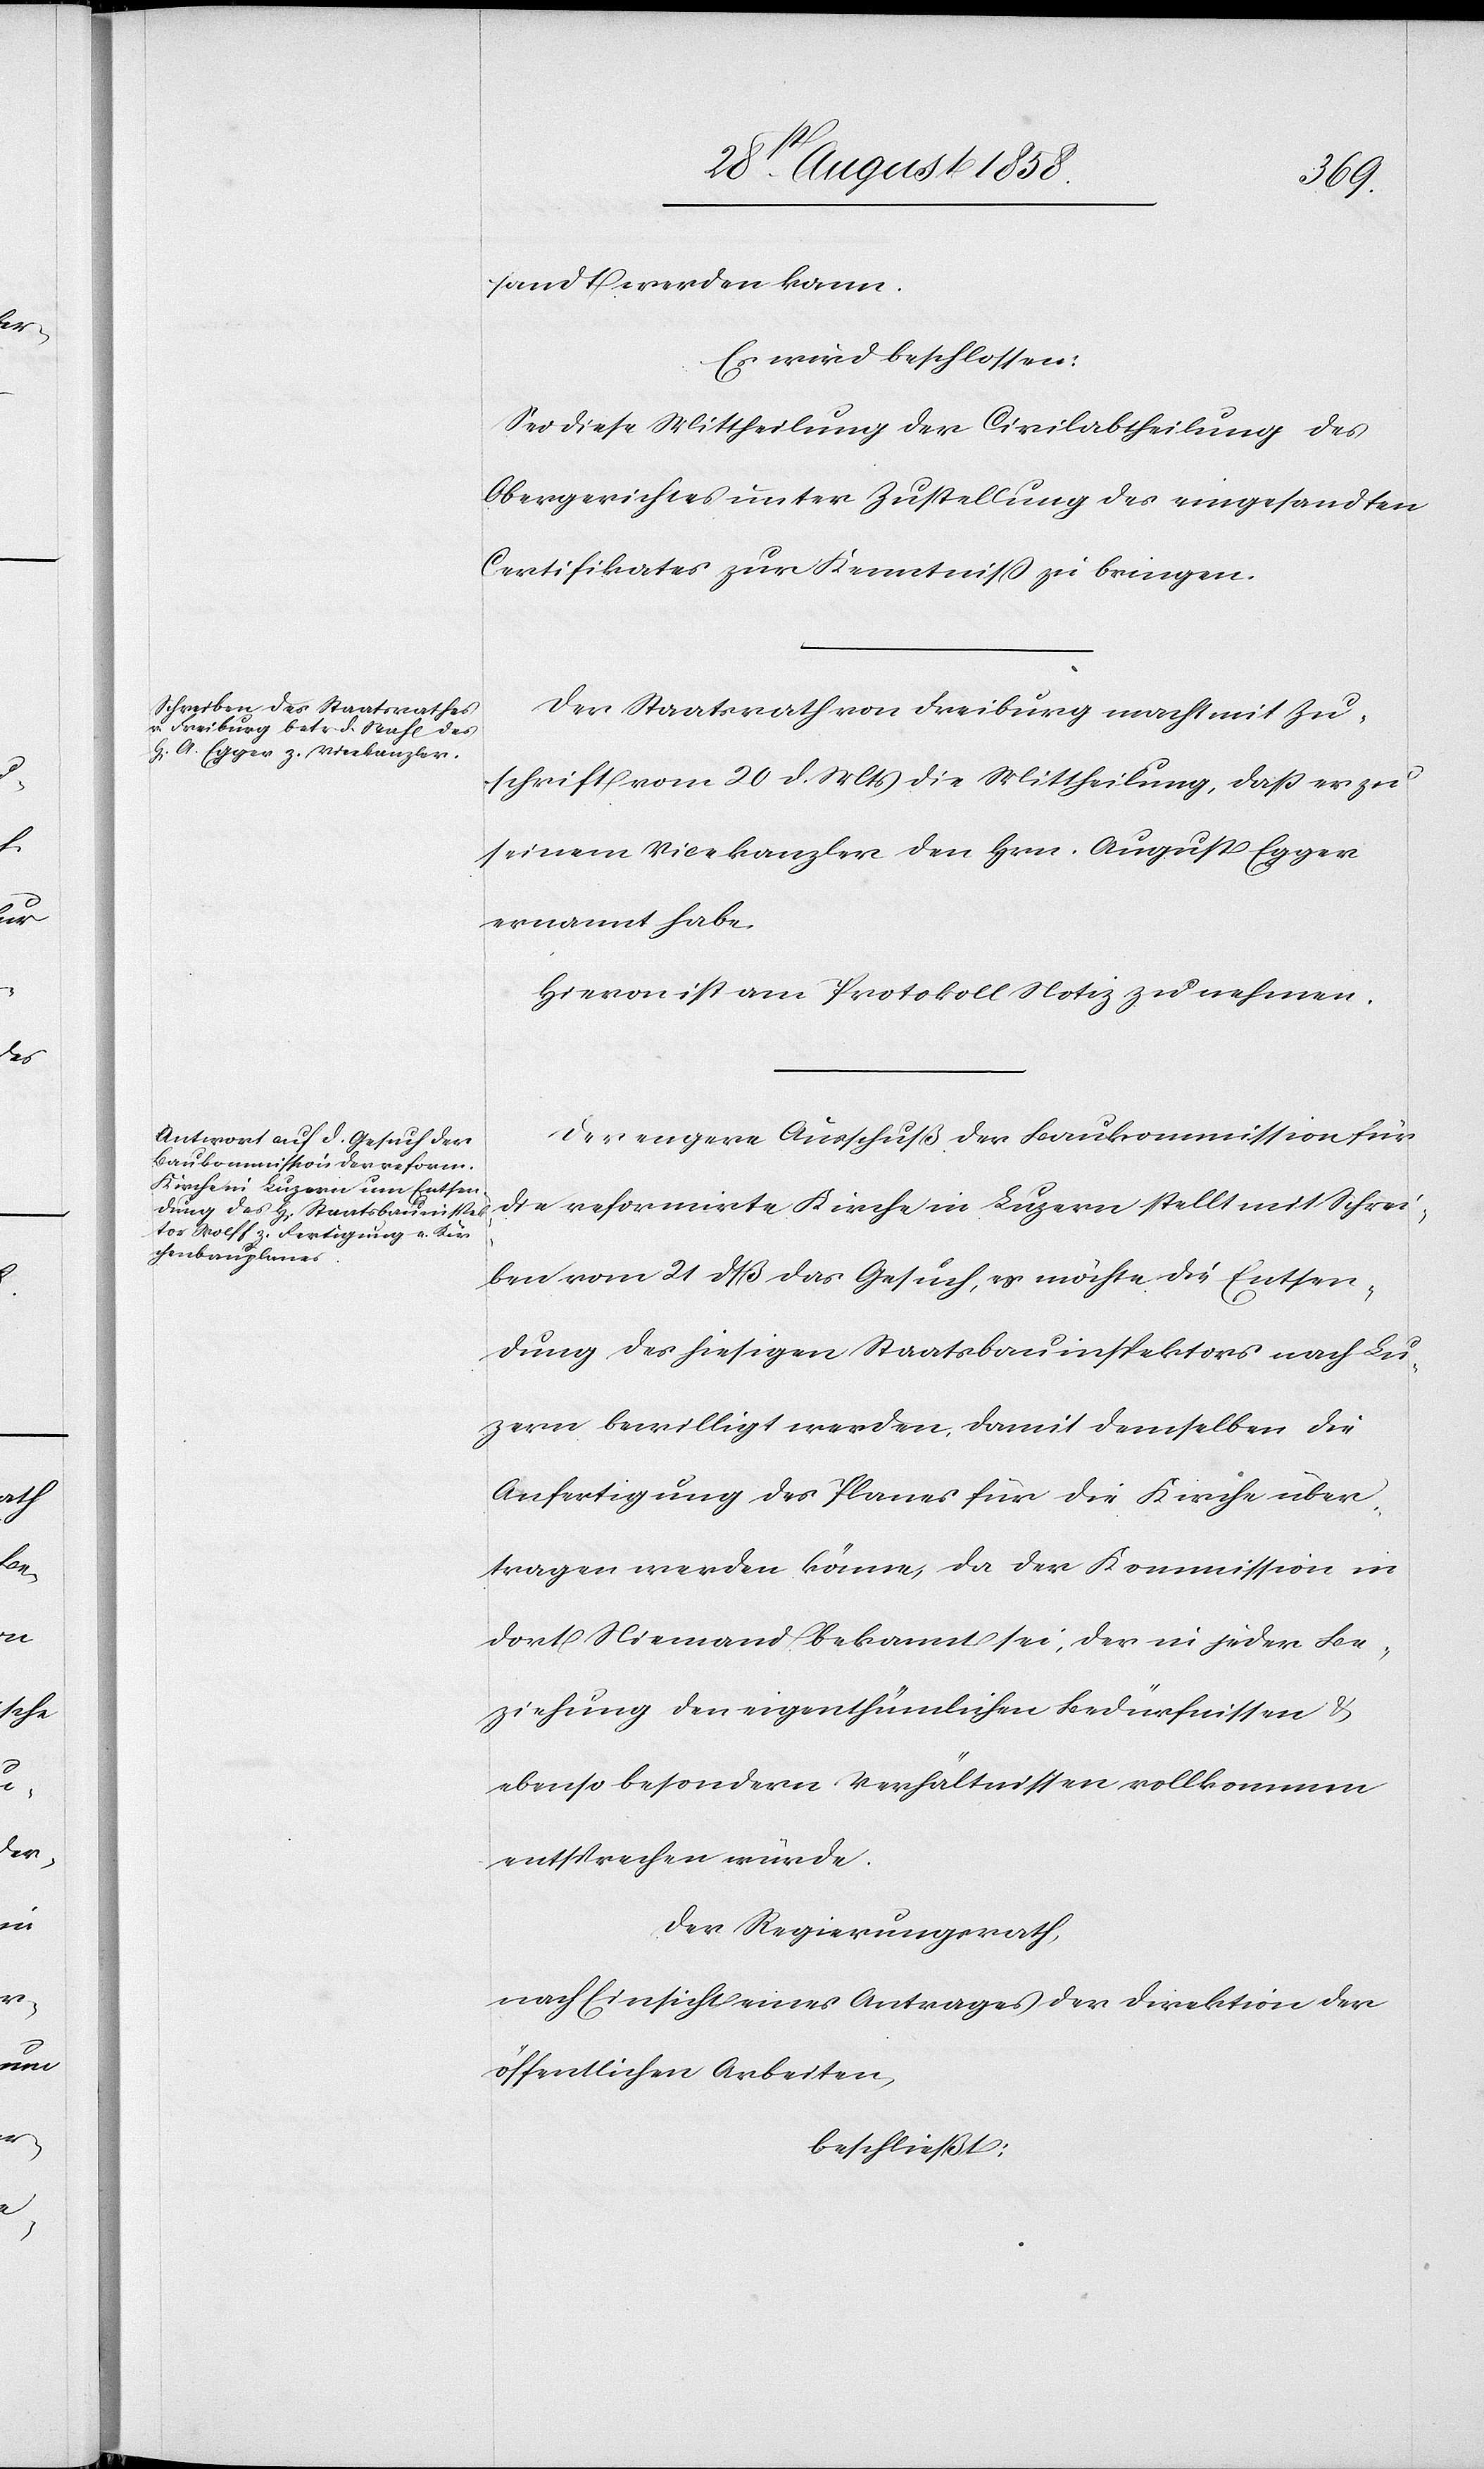
sandt werden kann.
Es wird beschlossen:
Sei diese Mittheilung der Civilabtheilung des
Obergerichtes unter Zustellung des eingesandten
Certifikates zur Kenntniss zu bringen.
Der Staatsrath von Freiburg macht mit Zu¬
schrift vom 20 d. Mts die Mittheilung, daß er zu
seinem Vicekanzler den Hrn. August Egger
ernannt habe.
Hievon ist am Protokoll Notiz zu nehmen.
Der engere Ausschuß der Baukommission für
die reformirte Kirche in Luzern stellt mit Schrei¬
ben vom 21 dß das Gesuch, es möchte die Entsen¬
dung des hiesigen Staatsbauinspektors nach Lu¬
zern bewilligt werden, damit demselben die
Anfertigung des Planes für die Kirche über¬
tragen werden könne, da der Kommission in
dort Niemand bekannt sei, der in jeder Be¬
ziehung den eigenthümlichen Bedürfnissen &
ebenso besondern Verhältnissen vollkommen
entsprechen würde.
Der Regierungsrath,
nach Einsicht eines Antrages der Direktion der
öffentlichen Arbeiten,
beschließt: